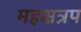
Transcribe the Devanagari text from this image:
महक्षत्रप